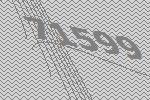
71599